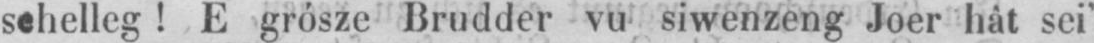
sehelleg! E grósze Brudder vu siwenzeng Joer hàt sei’